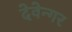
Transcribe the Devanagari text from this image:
देवेन्गर